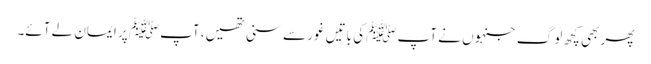
پھر بھی کچھ لوگ جنہوں نے آپﷺ کی باتیں غور سے سنی تھیں، آپﷺ پر ایمان لے آئے۔